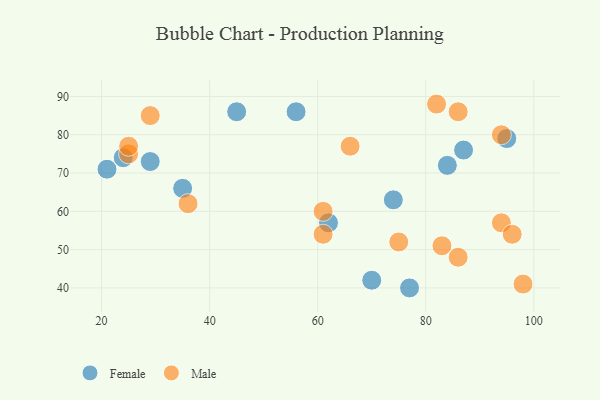
{"axis": {"x": "GDP", "y": "Life Expectancy"}, "legend": ["Female", "Male"], "data": [{"x": "29", "y": 73, "type": "Female"}, {"x": "56", "y": 86, "type": "Female"}, {"x": "35", "y": 66, "type": "Female"}, {"x": "70", "y": 42, "type": "Female"}, {"x": "87", "y": 76, "type": "Female"}, {"x": "95", "y": 79, "type": "Female"}, {"x": "84", "y": 72, "type": "Female"}, {"x": "74", "y": 63, "type": "Female"}, {"x": "77", "y": 40, "type": "Female"}, {"x": "24", "y": 74, "type": "Female"}, {"x": "62", "y": 57, "type": "Female"}, {"x": "21", "y": 71, "type": "Female"}, {"x": "45", "y": 86, "type": "Female"}, {"x": "75", "y": 52, "type": "Male"}, {"x": "66", "y": 77, "type": "Male"}, {"x": "61", "y": 60, "type": "Male"}, {"x": "94", "y": 57, "type": "Male"}, {"x": "25", "y": 75, "type": "Male"}, {"x": "61", "y": 54, "type": "Male"}, {"x": "29", "y": 85, "type": "Male"}, {"x": "25", "y": 77, "type": "Male"}, {"x": "96", "y": 54, "type": "Male"}, {"x": "36", "y": 62, "type": "Male"}, {"x": "83", "y": 51, "type": "Male"}, {"x": "94", "y": 80, "type": "Male"}, {"x": "86", "y": 48, "type": "Male"}, {"x": "82", "y": 88, "type": "Male"}, {"x": "98", "y": 41, "type": "Male"}, {"x": "86", "y": 86, "type": "Male"}]}